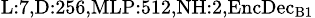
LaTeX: _{\textrm{L}:7,\textrm{D}:256,\textrm{MLP}:512,\textrm{NH}:2,\textrm{EncDec}_{\textrm{B}1}}